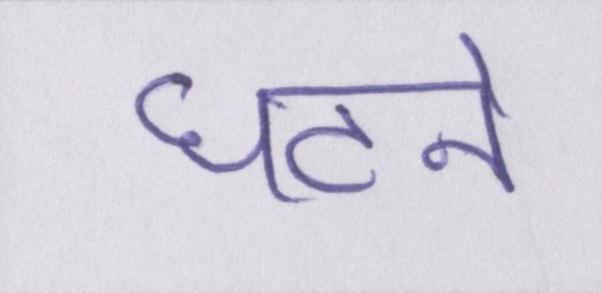
घटने